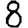
Digit: 8